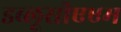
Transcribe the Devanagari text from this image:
डब्लूसीएएम